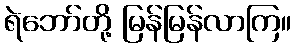
ရဲဘော်တို့ မြန်မြန်လာကြ။